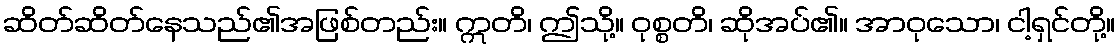
ဆိတ်ဆိတ်နေသည်၏အဖြစ်တည်း။ ဣတိ၊ ဤသို့။ ဝုစ္စတိ၊ ဆိုအပ်၏။ အာဝုသော၊ ငါ့ရှင်တို့။